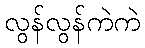
လွန်လွန်ကဲကဲ